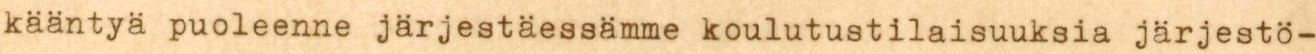
kääntyä puoleenne järjestäessämme koulutustilaisuuksia järjestö-